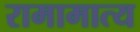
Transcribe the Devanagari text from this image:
रामामात्य